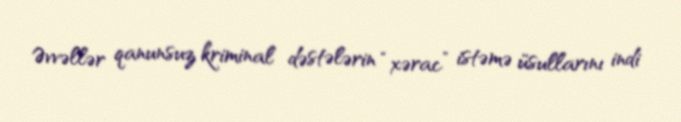
Əvvəllər qanunsuz kriminal dəstələrin “xərac” istəmə üsullarını indi